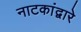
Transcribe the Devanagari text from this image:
नाटकांद्वारे